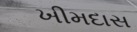
ખીમદાસ